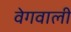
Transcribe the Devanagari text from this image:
वेगवाली